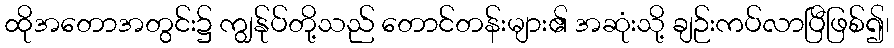
ထိုအတောအတွင်း၌ ကျွန်ုပ်တို့သည် တောင်တန်းများ၏ အဆုံးသို့ ချဉ်းကပ်လာပြီဖြစ်၍၊